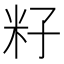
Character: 籽